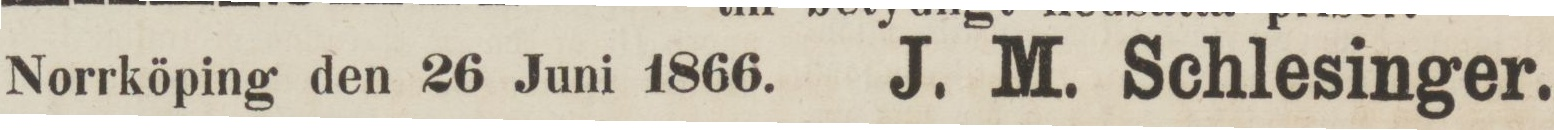
Norrköping den 26 Juni 1866. J. M. Schlesinger.